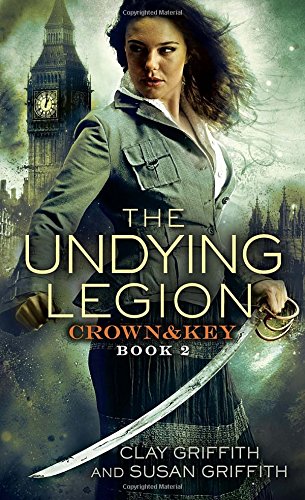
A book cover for The Undying Legion: Crown & Key; Clay and Susan Griffith; Science Fiction & Fantasy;